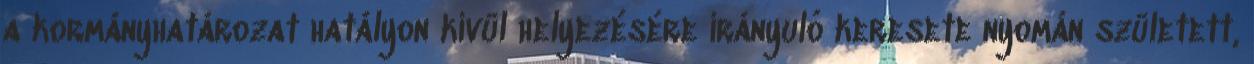
a kormányhatározat hatályon kívül helyezésére irányuló keresete nyomán született,